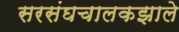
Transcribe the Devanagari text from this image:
सरसंघचालकझाले